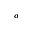
^ a